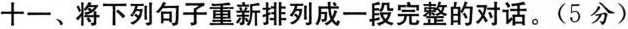
十一、将下列句子重新排列成一段完整的对话。(5 分)